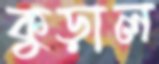
কুড়াল